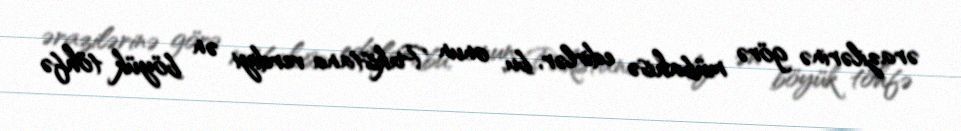
ərazilərinə görə mübahisə edirlər, bu, onun Pakistana verdiyi ən böyük töhfə